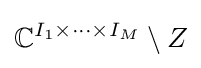
\mathbb {C} ^{I_{1}\times \cdots \times I_{M}}\setminus Z